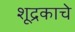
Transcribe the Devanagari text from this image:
शूद्रकाचे